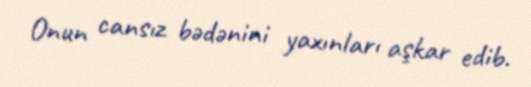
Onun cansız bədənini yaxınları aşkar edib.